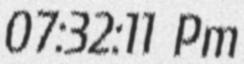
07:32:11 Pm